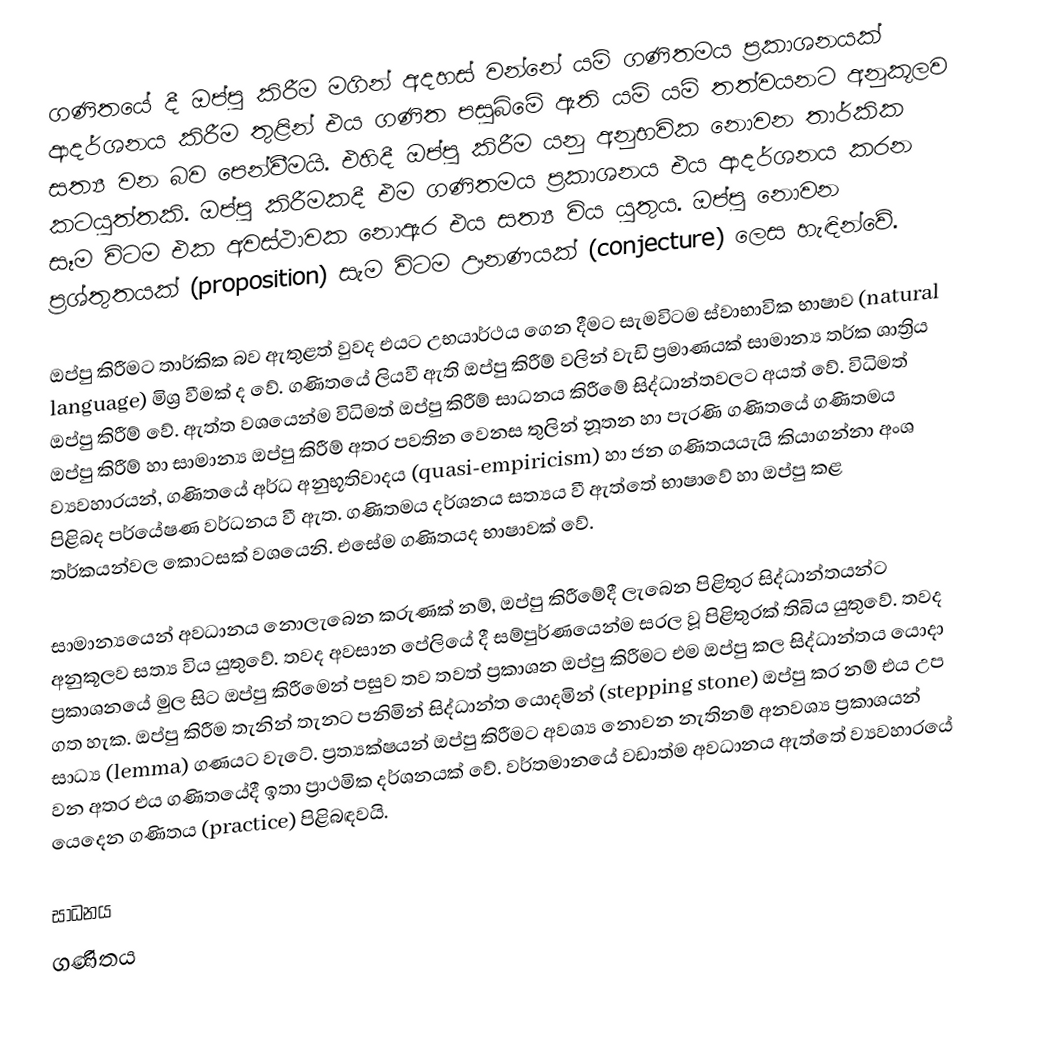
ගණිතයේ දී ඔප්පු කිරීම මගින් අදහස් වන්නේ යම් ගණිතමය ප්‍රකාශනයක් ආදර්ශනය කිරීම තුළින් එය ගණිත පසුබිමේ ඇති යම් යම් තත්වයනට අනුකූලව සත්‍ය වන බව පෙන්වීමයි. එහිදී ඔප්පු කිරීම යනු අනුභවික නොවන තාර්කික කටයුත්තකි. ඔප්පු කිරීමකදී එම ගණිතමය ප්‍රකාශනය එය ආදර්ශනය කරන සෑම විටම එක අවස්ථාවක නොඇර එය සත්‍ය විය යුතුය. ඔප්පු නොවන ප්‍රශ්තුතයක් (proposition) සැම විටම ඌනණයක් (conjecture) ලෙස හැඳින්වේ.

ඔප්පු කිරීමට තාර්කික බව ඇතුළත් වුවද එයට උභයාර්ථය ගෙන දීමට සැමවිටම ස්වාභාවික භාෂාව (natural language) මිශ්‍ර වීමක් ද වේ. ගණිතයේ ලියවී ඇති ඔප්පු කිරීම් වලින් වැඩි ප්‍රමාණයක් සාමාන්‍ය තර්ක ශාත්‍රිය ඔප්පු කිරීම් වේ. ඇත්ත වශයෙන්ම විධිමත් ඔප්පු කිරීම් සාධනය කිරීමේ සිද්ධාන්තවලට අයත් වේ. විධිමත් ඔප්පු කිරීම් හා සාමාන්‍ය ඔප්පු කිරීම් අතර පවතින වෙනස තුලින් නූතන හා පැරණි ගණිතයේ ගණිතමය ව්‍යවහාරයන්, ගණිතයේ අර්ධ අනුභූතිවාදය (quasi-empiricism) හා ජන ගණිතයයැයි කියාගන්නා අංශ පිළිබද පර්යේෂණ වර්ධනය වී ඇත. ගණිතමය දර්ශනය සත්‍යය වී ඇත්තේ භාෂාවේ හා ඔප්පු කළ තර්කයන්වල කොටසක් වශයෙනි.  එසේම ගණිතයද භාෂාවක් වේ.

සාමාන්‍යයෙන් අවධානය නොලැබෙන කරුණක් නම්, ඔප්පු කිරීමේදී ලැබෙන පිළිතුර සිද්ධාන්තයන්ට අනුකූලව සත්‍ය විය යුතුවේ. තවද අවසාන පේලියේ දී සම්පුර්ණයෙන්ම සරල වූ පිළිතුරක් තිබිය යුතුවේ. තවද ප්‍රකාශනයේ මුල සිට ඔප්පු කිරීමෙන් පසුව තව තවත් ප්‍රකාශන ඔප්පු කිරීමට එම ඔප්පු කල සිද්ධාන්තය යොදා ගත හැක. ඔප්පු කිරීම තැනින් තැනට පනිමින් සිද්ධාන්ත යොදමින් (stepping stone) ඔප්පු කර නම් එය උප සාධ්‍ය (lemma) ගණය‍ට වැටේ. ප්‍රත්‍යක්ෂයන් ඔප්පු කිරීමට අවශ්‍ය නොවන නැතිනම් අනවශ්‍ය ප්‍රකාශයන් වන අතර එය ගණිතයේදී ඉතා ප්‍රාථමික දර්ශනයක් වේ. වර්තමානයේ වඩාත්ම අවධානය ඇත්තේ ව්‍යවහාරයේ යෙ‍දෙන ගණිතය (practice) පිළිබඳවයි.

සාධනය
ගණිතය